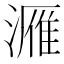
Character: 𮳔